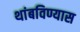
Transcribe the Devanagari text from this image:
थांबविण्यास